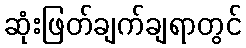
ဆုံးဖြတ်ချက်ချရာတွင်